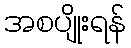
အစပျိုးရန်